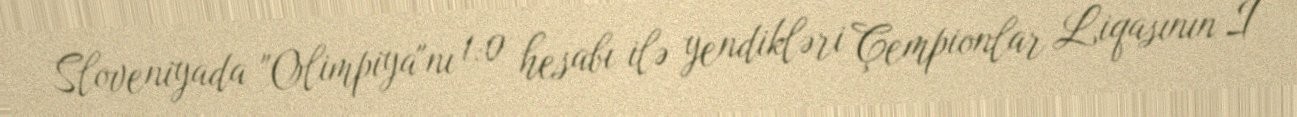
Sloveniyada "Olimpiya"nı 1:0 hesabı ilə yendikləri Çempionlar Liqasının I